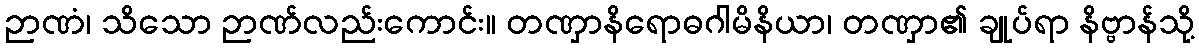
ဉာဏံ၊ သိသော ဉာဏ်လည်းကောင်း။ တဏှာနိရောဓဂါမိနိယာ၊ တဏှာ၏ ချုပ်ရာ နိဗ္ဗာန်သို့